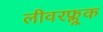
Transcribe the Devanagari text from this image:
लीवरफ्लूक